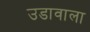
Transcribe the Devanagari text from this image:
उडावाला